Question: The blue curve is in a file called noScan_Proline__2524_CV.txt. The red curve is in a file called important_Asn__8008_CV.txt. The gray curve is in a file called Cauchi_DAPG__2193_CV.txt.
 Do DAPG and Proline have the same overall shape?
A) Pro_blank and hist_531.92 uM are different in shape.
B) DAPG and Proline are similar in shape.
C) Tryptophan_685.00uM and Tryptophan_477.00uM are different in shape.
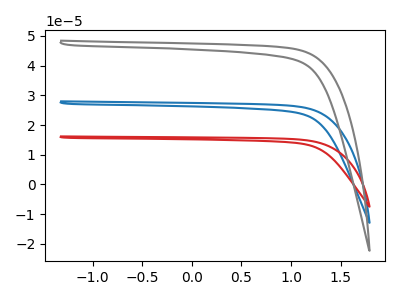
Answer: <think>The blue curve "Proline" has no peaks. The red curve "Asn" has no peaks. The gray curve "DAPG" has no peaks.
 Neither "DAPG" or "Proline" have any peaks.</think>
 <answer>B) "DAPG" and "Proline" are similar in shape.</answer>
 <eval>B</eval>